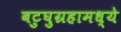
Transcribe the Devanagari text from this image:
बटुघुग्रहामध्ये